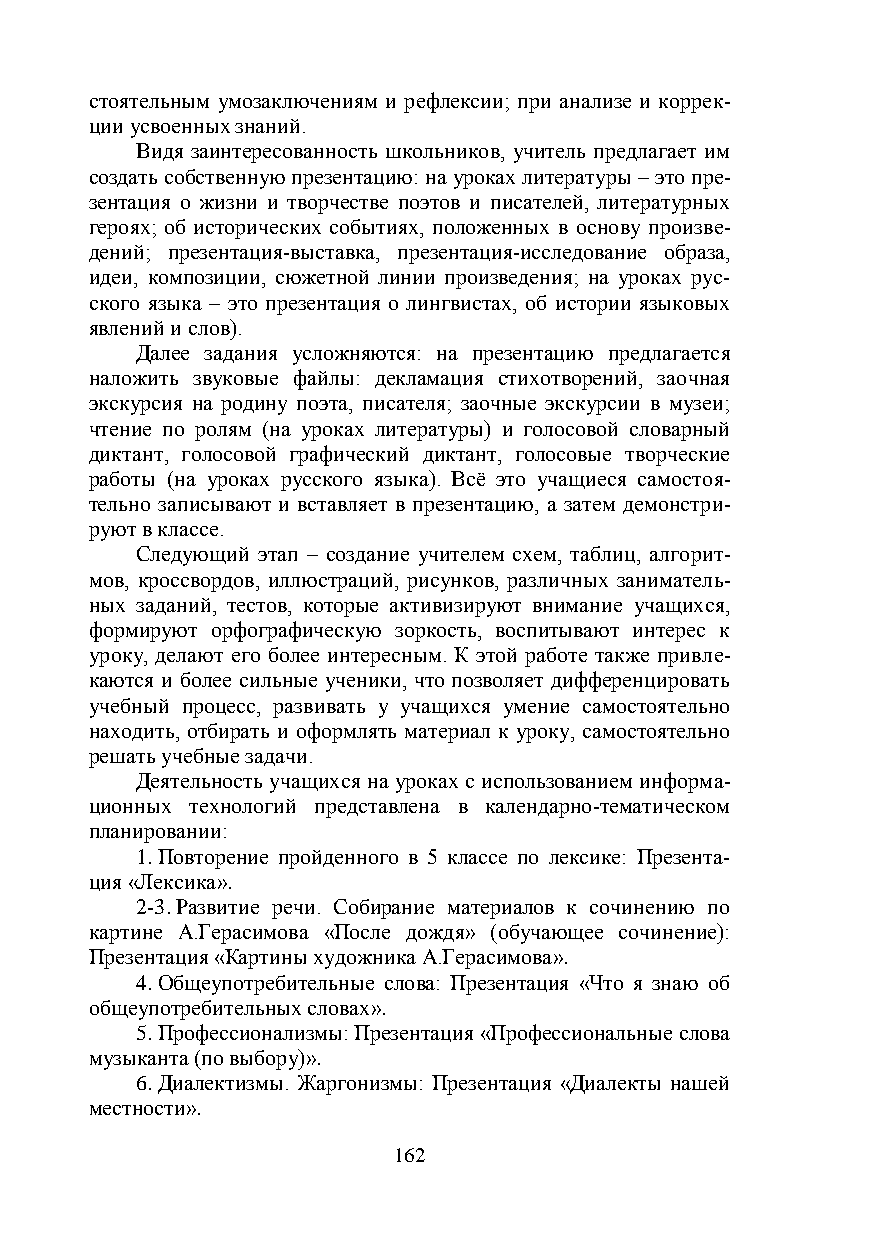
стоятельным умозаключениям и рефлексии; при анализе и коррек-
 ции усвоенных знаний.
 Видя заинтересованность школьников, учитель предлагает им
 создать собственную презентацию: на уроках литературы – это пре-
 зентация о жизни и творчестве поэтов и писателей, литературных
 героях; об исторических событиях, положенных в основу произве-
 дений; презентация-выставка, презентация-исследование образа,
 идеи, композиции, сюжетной линии произведения; на уроках рус-
 ского языка – это презентация о лингвистах, об истории языковых
 явлений и слов).
 Далее задания усложняются: на презентацию предлагается
 наложить звуковые файлы: декламация стихотворений, заочная
 экскурсия на родину поэта, писателя; заочные экскурсии в музеи;
 чтение по ролям (на уроках литературы) и голосовой словарный
 диктант, голосовой графический диктант, голосовые творческие
 работы (на уроках русского языка). Всё это учащиеся самостоя-
 тельно записывают и вставляет в презентацию, а затем демонстри-
 руют в классе.
 Следующий этап – создание учителем схем, таблиц, алгорит-
 мов, кроссвордов, иллюстраций, рисунков, различных заниматель-
 ных заданий, тестов, которые активизируют внимание учащихся,
 формируют орфографическую зоркость, воспитывают интерес к
 уроку, делают его более интересным. К этой работе также привле-
 каются и более сильные ученики, что позволяет дифференцировать
 учебный процесс, развивать у учащихся умение самостоятельно
 находить, отбирать и оформлять материал к уроку, самостоятельно
 решать учебные задачи.
 Деятельность учащихся на уроках с использованием информа-
 ционных технологий представлена в календарно-тематическом
 планировании:
 1. Повторение пройденного в 5 классе по лексике: Презента-
 ция «Лексика».
 2-3. Развитие речи. Собирание материалов к сочинению по
 картине А.Герасимова «После дождя» (обучающее сочинение):
 Презентация «Картины художника А.Герасимова».
 4. Общеупотребительные слова: Презентация «Что я знаю об
 общеупотребительных словах».
 5. Профессионализмы: Презентация «Профессиональные слова
 музыканта (по выбору)».
 6. Диалектизмы. Жаргонизмы: Презентация «Диалекты нашей
 местности».
 162